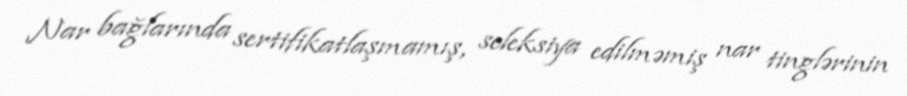
Nar bağlarında sertifikatlaşmamış, seleksiya edilməmiş nar tinglərinin